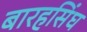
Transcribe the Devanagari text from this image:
बारहसिंघ